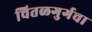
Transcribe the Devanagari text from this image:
चितळगुर्गचा